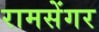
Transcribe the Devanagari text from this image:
रामसेंगर